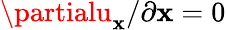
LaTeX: \partialu_{\mathbf{x}}/\partial\mathbf{x}=0